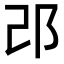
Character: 邔